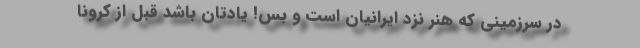
در سرزمینی که هنر نزد ایرانیان است و بس! یادتان باشد قبل از کرونا